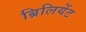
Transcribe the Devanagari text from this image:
ब्रिलियेंट